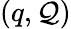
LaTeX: (q,\mathcal{Q})